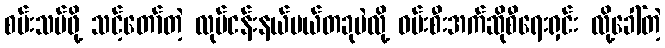
စမ်းသပ်ဖို့ သင့်တော်တဲ့ လုပ်ငန်းနယ်ပယ်တခုပဲလို့ ဝမ်းစီးအက်ဆိုစီရေးရှင်း လို့ခေါ်တဲ့